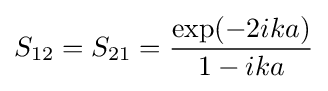
S_{12}=S_{21}={\frac {\exp(-2ika)}{1-ika}}